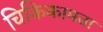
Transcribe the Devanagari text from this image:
चिकिकामता